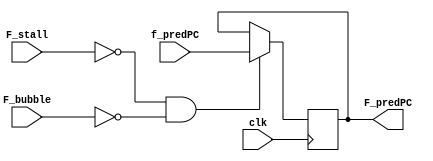
module fetch_reg(clk,f_predPC,F_stall,F_bubble,F_predPC);

input wire clk;
input wire F_stall;
input wire F_bubble;
input wire [63:0] f_predPC;

reg flag;
initial flag = 0;

output reg [63:0] F_predPC;

always @(posedge clk)
begin

if(!(F_stall) && !(F_bubble))
begin

    F_predPC = f_predPC;
end



// Assuming bubble is never involved in Fetch stage
// if(F_bubble)
// begin
//     F_predPC <= 
// end

end
endmodule